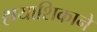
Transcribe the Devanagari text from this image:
हायाशिकाने